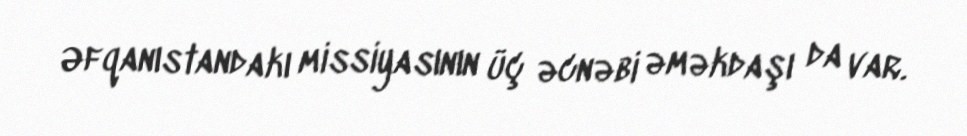
Əfqanıstandakı missiyasının üç əcnəbi əməkdaşı da var.